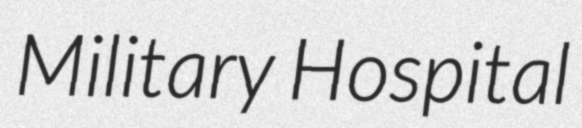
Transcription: Military Hospital